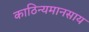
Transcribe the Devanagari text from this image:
काठिन्यमानसाय